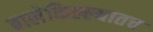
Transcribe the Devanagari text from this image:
बालेकिल्ल्यातच